Report of the Municipal Commissioner on the plague in Bombay for the year ending 31st May... - Volume 2
Disease focus: Plague
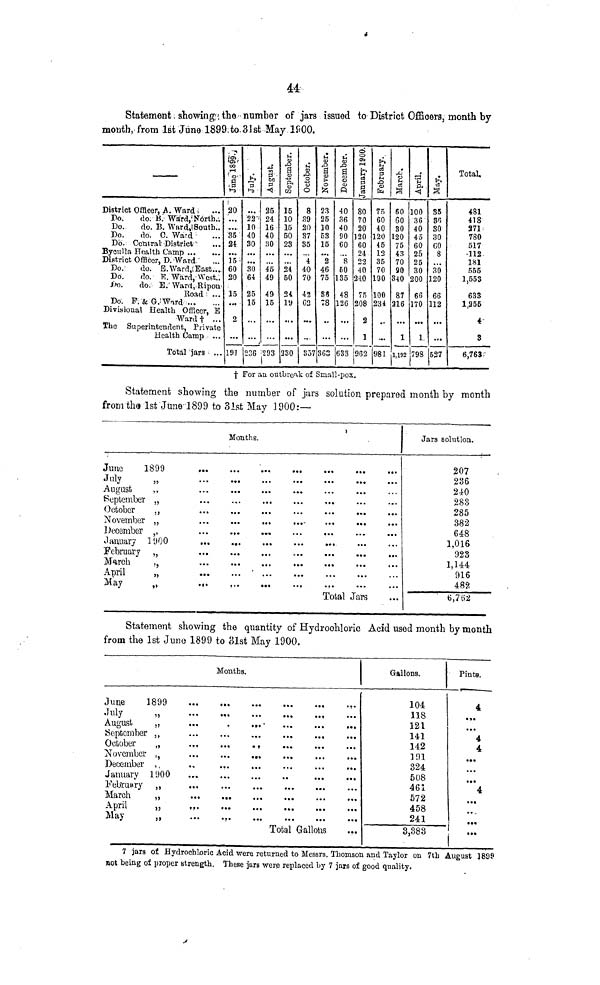
44
Statement showing the number of jars issued to District Officers, month by
mouth, from 1st June 1899:to. 31st May 1900.
District Officer, A. Ward
Do.
do. B. Ward/Forth..
Do.
do. B. W«ird»! South..
Do.
do. 0. Ward
Do. Central District
District Officer, D. Ward
Do.
do. B.Ward, East...
Do.
do. K. Ward, West..
J~>o.
do. E. Ward, Ripon
Road ...
Do. F. & G. W^Td
Divisional Health Officer, E
Wardf ...
The Superintendent, Private
Health Camp ...
Total jara ...
20
...
.....
35
2*
15-
60
20
15
...
2
191
22
10
40
30
30
64
25
15
236
25
24
Iti
40
30
45
49
49
15
'293
15
10
16
50
23
24
50
24
19
230
8
39
20
37
35
4
40
70
42
G2
857
23
25
10
58
15
2
46
75
36
78
3GS
40
36
40
90
60
8
60
i35
48
126
633
80
70
20
120
60
24
22
40
240
75
208
2
1
962
75
60
4U
L20
45
12
35
70
190
100
234
...
981
60
60
30
120
75
43
70
90
340
87
216
1
1,192
100
36
40
45
60
25
25
30
200
66
170
1
798
35
36
30
30
GO
8
30
120
66
112
&27
Total.
481
418
271
780
517
112
181
555
1,553
633
1,255
4
3
6,763
† For an outbreak of Small-pox.
Statement showing the number of jars solution prepared month by month
from the 1st June 1899 to 31st May 1900:—
Months.
June
1899
July
„
August
,,
September „
October
„
December ,,
...
.,
January 1900
February „
March
,,
April
„
May
„
Total Jars
Jars solution.
207
236
240
283
285
382
648
1,016
923
1,144
916
482
6,762
Statement showing the quantity of Hydrochloric Acid used month by month
from the 1st June 1899 to 31st May 1900.
Months.
June
1899
July
„
August
„
...
.
.„
September ,,
October
„
...
...
,,
November ,,
December ,,
January 1900
February „
March
„
April
„
May
„
Total Gallons
Gallons.
104
118
121
141
142
191
324
508
461
572
458
241
3,383
Pints.
4
•
4
4
4
...
7 jars of Hydrochloric Acid were returned to Messrs. Thomson and Taylor on 7th August 1899
not being of proper strength. These jars were replaced by 7 jars of good quality.